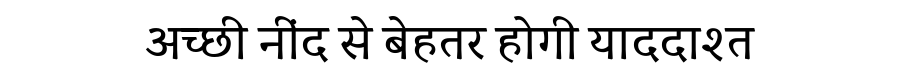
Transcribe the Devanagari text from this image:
अच्छी नींद से बेहतर होगी याददाश्त